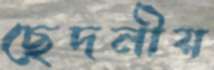
ছেদনীয়